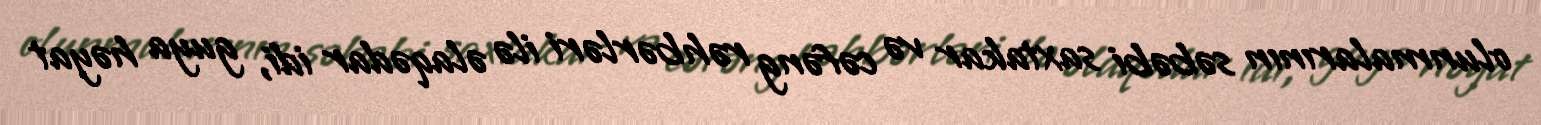
olunmalarının səbəbi saxtakar və cəfəng rəhbərləri ilə əlaqədar idi, guya həyat